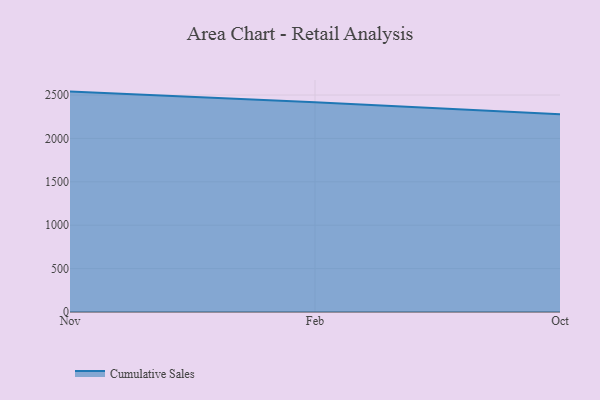
{"axis": {"x": "Month", "y": "Net Income (USD K)"}, "legend": ["Cumulative Sales"], "data": [{"x": "Nov", "y": 2539.4, "type": "Cumulative Sales"}, {"x": "Feb", "y": 2418.0, "type": "Cumulative Sales"}, {"x": "Oct", "y": 2279.7, "type": "Cumulative Sales"}]}